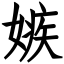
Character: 嫉